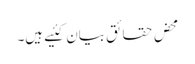
محض حقائق بیان کئیے ہیں۔